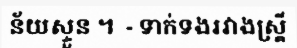
ន័យស្ទួន ។  - ទាក់ទងរវាងស្ត្រី